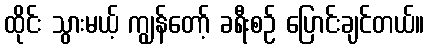
ထိုင်း သွားမယ့် ကျွန်တော့် ခရီးစဉ် ပြောင်းချင်တယ်။